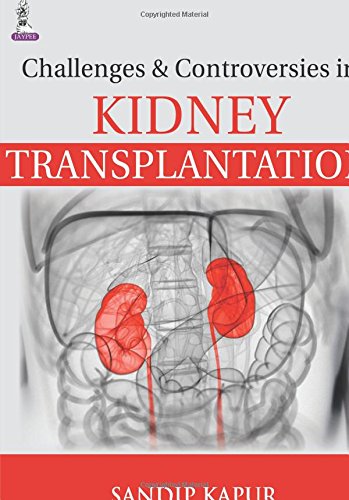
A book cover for Challenges and Controversies in Kidney Transplantation; Health, Fitness & Dieting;